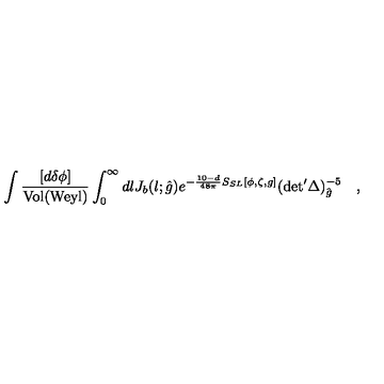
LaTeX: \int { \frac { [ d \delta \phi ] } { \mathrm { V o l } ( \mathrm { W e y l } ) } } \int _ { 0 } ^ { \infty } d l J _ { b } ( l ; { \hat { g } } ) e ^ { - { \frac { 1 0 - d } { 4 8 \pi } } S _ { S L } [ \phi , \zeta , g ] } ( \mathrm { d e t } ^ { \prime } \Delta ) _ { { \hat { g } } } ^ { - 5 } \quad ,